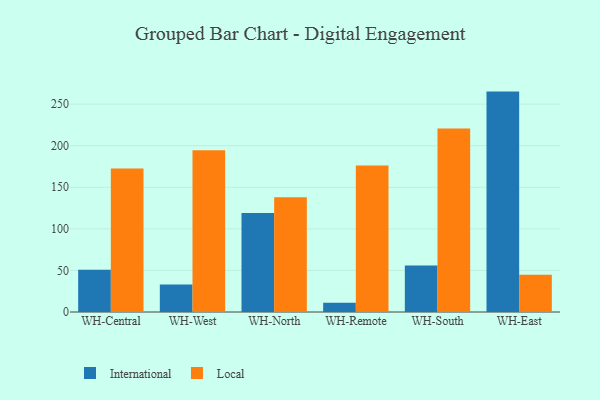
{"axis": {"x": "Warehouse", "y": "Shipments"}, "legend": ["International", "Local"], "data": [{"x": "WH-Central", "y": 50.9, "type": "International"}, {"x": "WH-Central", "y": 172.5, "type": "Local"}, {"x": "WH-West", "y": 33.0, "type": "International"}, {"x": "WH-West", "y": 194.6, "type": "Local"}, {"x": "WH-North", "y": 119.0, "type": "International"}, {"x": "WH-North", "y": 138.1, "type": "Local"}, {"x": "WH-Remote", "y": 11.2, "type": "International"}, {"x": "WH-Remote", "y": 176.2, "type": "Local"}, {"x": "WH-South", "y": 56.0, "type": "International"}, {"x": "WH-South", "y": 220.6, "type": "Local"}, {"x": "WH-East", "y": 265.1, "type": "International"}, {"x": "WH-East", "y": 44.7, "type": "Local"}]}